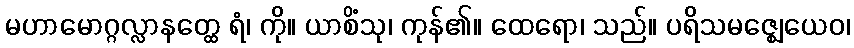
မဟာမောဂ္ဂလ္လာနတ္ထေ ရံ၊ ကို။ ယာစိံသု၊ ကုန်၏။ ထေရော၊ သည်။ ပရိသမဇ္ဈေယေဝ၊